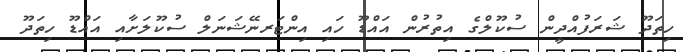
ހިތަދޫ ޝަރަފުއްދީން ސުކޫލްގެ އިތުރުން އައްޑޫ ހައި އިންޓަރނޭޝަނަލް ސުކޫލަށާއި އައްޑޫ ހިތަދޫ